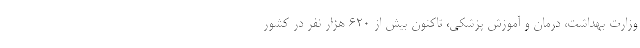
وزارت بهداشت، درمان و آموزش پزشکی، تاکنون بیش از ۶۲۰ هزار نفر در کشور